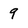
Character: 9